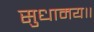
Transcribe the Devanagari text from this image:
सुधामय॥